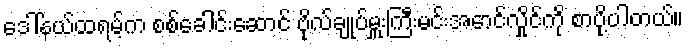
ဒေါ်နယ်ထရမ့်က စစ်ခေါင်းဆောင် ဗိုလ်ချုပ်မှူးကြီးမင်းအောင်လှိုင်ကို စာပို့ပါတယ်။